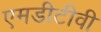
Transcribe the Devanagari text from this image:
एमडीटीवी